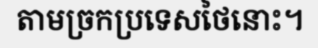
តាមច្រកប្រទេសថៃនោះ។